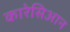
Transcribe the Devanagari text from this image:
कारेसिआन